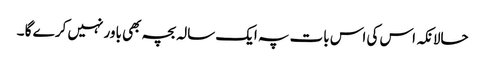
حالانکہ اس کی اس بات پہ ایک سالہ بچہ بھی باور نہیں کر ے گا ۔